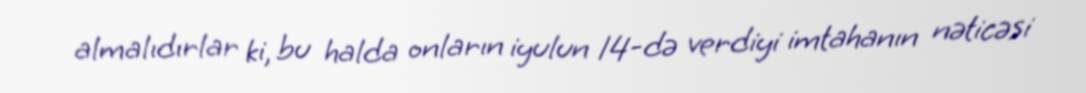
almalıdırlar ki, bu halda onların iyulun 14-də verdiyi imtahanın nəticəsi